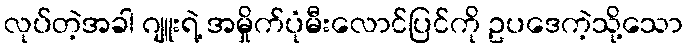
လုပ်တဲ့အခါ ဂျူးရဲ့ အမှိုက်ပုံမီးလောင်ပြင်ကို ဥပဒေကဲ့သို့သော